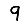
Digit: 9